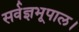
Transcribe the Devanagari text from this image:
सर्वज्ञभूपाल।